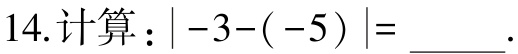
$14.计算：\vert -3 - (-5)\vert = \_\_\_.$